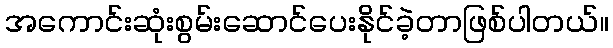
အကောင်းဆုံးစွမ်းဆောင်ပေးနိုင်ခဲ့တာဖြစ်ပါတယ်။